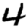
Digit: 4